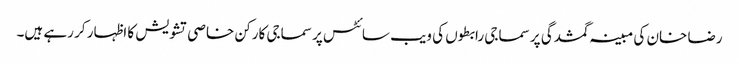
رضا خان کی مبینہ گمشدگی پر سماجی رابطوں کی ویب سائٹس پر سماجی کارکن خاصی تشویش کا اظہار کر رہے ہیں۔